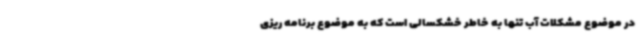
در موضوع مشکلات آب تنها به خاطر خشکسالی است که به موضوع برنامه ریزی